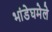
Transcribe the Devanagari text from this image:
भांडेघमेले